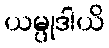
ယမ္ပုဒါယိ